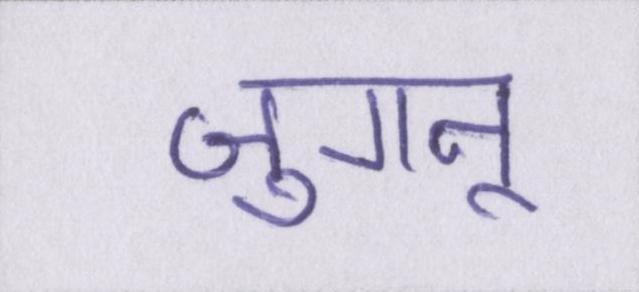
जुगनू